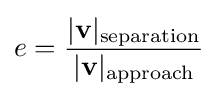
e={\frac {|\mathbf {v} |_{\text{separation}}}{|\mathbf {v} |_{\text{approach}}}}